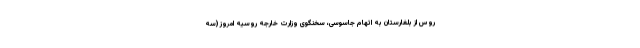
روس از بلغارستان به اتهام جاسوسی، سخنگوی وزارت خارجه روسیه امروز (سه